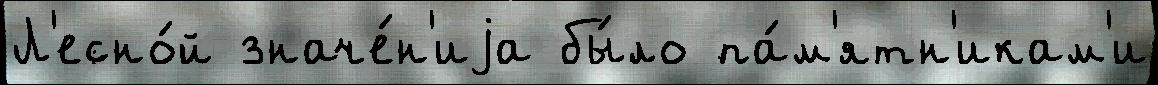
Л'есно́й значе́н'иjа бы́ло па́м'ятн'икам'и